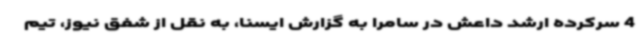
4 سرکرده ارشد داعش در سامرا به گزارش ایسنا، به نقل از شفق نیوز، تیم